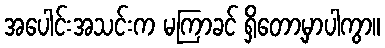
အပေါင်းအသင်းက မကြာခင် ရှိတော့မှာပါကွာ။